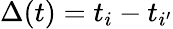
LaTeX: \Delta(t)=t_{i}-t_{i^{\prime}}